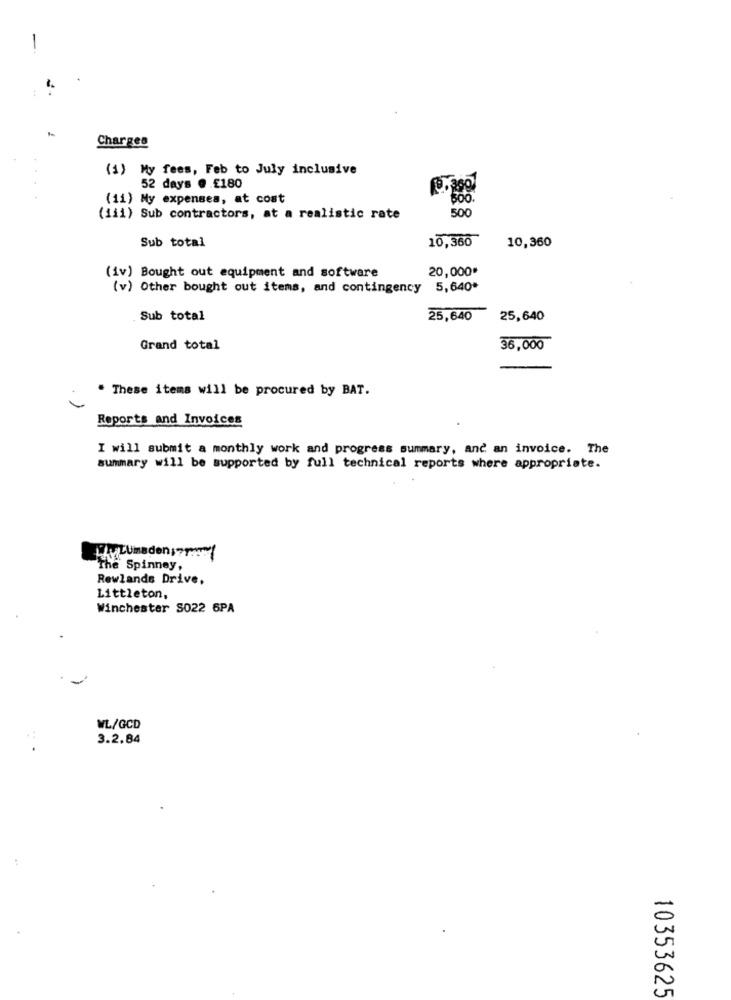
Charges
(1) My fees, Feb to July inclusive
52 days @ £180
(11) My expenses, at cost
600.
500
(iii) Sub contractors, at a realistic rate
10,360
Sub total
10,360
20,000*
(iv) Bought out equipment and software
(v) Other bought out items, and contingency
5,640*
Sub total
25,640
25,640
Grand total
36,000
. These items will be procured by BAT.
Reports and Invoices
I will submit a monthly work and progress summary, and an invoice. The
summary will be supported by full technical reports where appropriate.
Umaden
The Spinney,
Rewlands Drive,
Littleton,
Winchester S022 6PA
WL/GCD
3.2.84
10353625